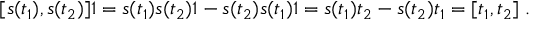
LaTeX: [ s ( t _ { 1 } ) , s ( t _ { 2 } ) ] 1 = s ( t _ { 1 } ) s ( t _ { 2 } ) 1 - s ( t _ { 2 } ) s ( t _ { 1 } ) 1 = s ( t _ { 1 } ) t _ { 2 } - s ( t _ { 2 } ) t _ { 1 } = [ t _ { 1 } , t _ { 2 } ] \; .